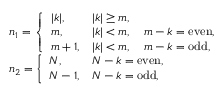
\begin{array} { l } { n _ { 1 } = \left\{ \begin{array} { l l } { | k | , } & { | k | \geq m , } \\ { m , } & { | k | < m , \quad m - k = \mathrm { e v e n } , } \\ { m + 1 , } & { | k | < m , \quad m - k = \mathrm { o d d } , } \end{array} \right. } \\ { n _ { 2 } = \left\{ \begin{array} { l l } { N , } & { N - k = \mathrm { e v e n } , } \\ { N - 1 , } & { N - k = \mathrm { o d d } , } \end{array} \right. } \end{array}